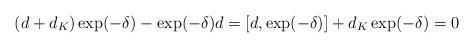
LaTeX: \begin{align*}(d + d_K) \exp(-\delta) - \exp(-\delta) d = [d, \exp(-\delta)] + d_K \exp(-\delta) = 0\end{align*}